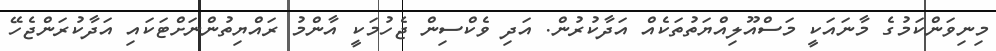
މިނިވަންކަމުގެ މާނައަކީ މަސްއޫލިއްޔަތުތަކެއް އަދާކުރުން. އަދި ވެކްސިން ޖެހުމަކީ އާންމު ރައްޔިތުންނަށްޓަކައި އަދާކުރަންޖެހޭ